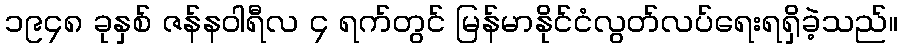
၁၉၄၈ ခုနှစ် ဇန်နဝါရီလ ၄ ရက်တွင် မြန်မာနိုင်ငံလွတ်လပ်ရေးရရှိခဲ့သည်။